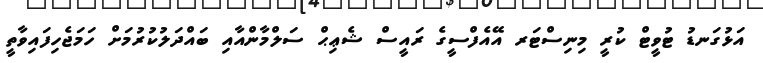
އަޅުގަނޑު ޓުވީޓް ކުރީ މިނިސްޓަރ އޭއެފްސީގެ ރައީސް ޝެޢިޙް ސަލްމާންއާއި ބައްދަލުކުރުމަށް ހަމަޖެހިފައިވާތީ